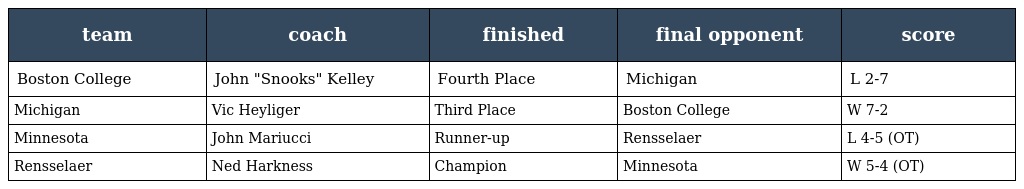
| team | coach | finished | final opponent | score |
 | --- | --- | --- | --- | --- |
 | Boston College | John "Snooks" Kelley | Fourth Place | Michigan | L 2-7 |
 | Michigan | Vic Heyliger | Third Place | Boston College | W 7-2 |
 | Minnesota | John Mariucci | Runner-up | Rensselaer | L 4-5 (OT) |
 | Rensselaer | Ned Harkness | Champion | Minnesota | W 5-4 (OT) |